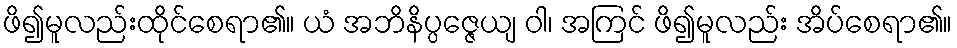
ဖိ၍မူလည်းထိုင်စေရာ၏။ ယံ အဘိနိပ္ပဇ္ဇေယျ ဝါ၊ အကြင် ဖိ၍မူလည်း အိပ်စေရာ၏။